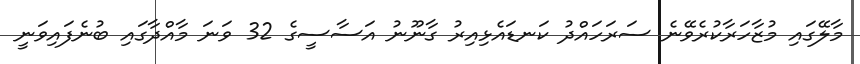
މާލޭގައި މުޒާހަރާކުރެވޭނެ ސަރަހައްދު ކަނޑައެޅިއިރު ގާނޫނު އަސާސީގެ 32 ވަނަ މާއްދާގައި ބުނެފައިވަނީ